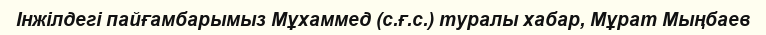
Інжілдегі пайғамбарымыз Мұхаммед (с.ғ.с.) туралы хабар, Мұрат Мыңбаев